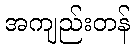
အကျည်းတန်